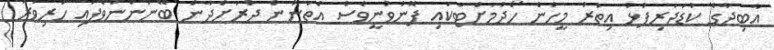
އާބިދާގެ ކުޑަދަރިފުޅު އިތުރު މީހުން ހޯދުމަށްޓަކައި ފޮނުވުނީވެސް އެތަނުން ދުރަށްދާން ބޭނުންނުވެފައި ހުރިވަރު